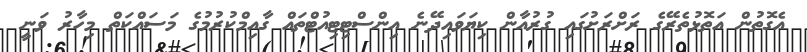
އެގޮތުން އަތޮޅުތެރޭގެ ރަށްރަށުގައި ގުރުއާން ކިޔަވައިދޭނެ އިންސްޓިޓިއުޓްތައް ގާއިމްކުރުމުގެ މަސައްކަތް މިހާރު ވަނީ